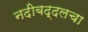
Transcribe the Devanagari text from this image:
नदीबद्दलचा